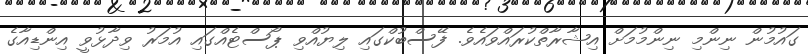
ގައުމުން ނިންމި ނިންމުމަށް އިޝާރާތްކުރައްވައެވެ. ފޭސްބުކްގައި ލިޔުއްވި ޕޯސްޓެއްގައި އުމަރު ވިދާޅުވީ އިންޑިއާގެ